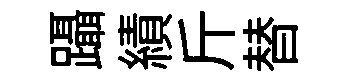
躡績斤替